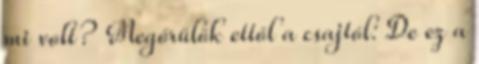
mi volt? Megőrülök ettől a csajtól: De ez a